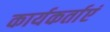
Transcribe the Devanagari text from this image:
कार्यकर्ताएं